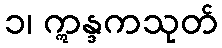
၁၊ ဣန္ဒကသုတ်